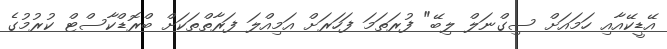
އޭޑީކޭއާއި ހަމައަށް ސިގްނަލް ލިބޭ" ފުރަތަމަ ފަހަރަށް އަމިއްލަ ފަރާތްތަކަށް ބްރޮޑްކާސްޓް ކުރުމުގެ